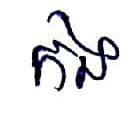
កង